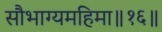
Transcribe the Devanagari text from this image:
सौभाग्यमहिमा॥१६॥